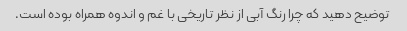
توضیح دهید که چرا رنگ آبی از نظر تاریخی با غم و اندوه همراه بوده است.